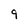
Character: 9